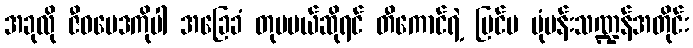
အခုလို ဇီဝဗေဒကိုပါ အခြေခံ တုပမယ်ဆိုရင် တီကောင်ရဲ့ ပြင်ပ ပုံပန်းသဏ္ဍန်အတိုင်း